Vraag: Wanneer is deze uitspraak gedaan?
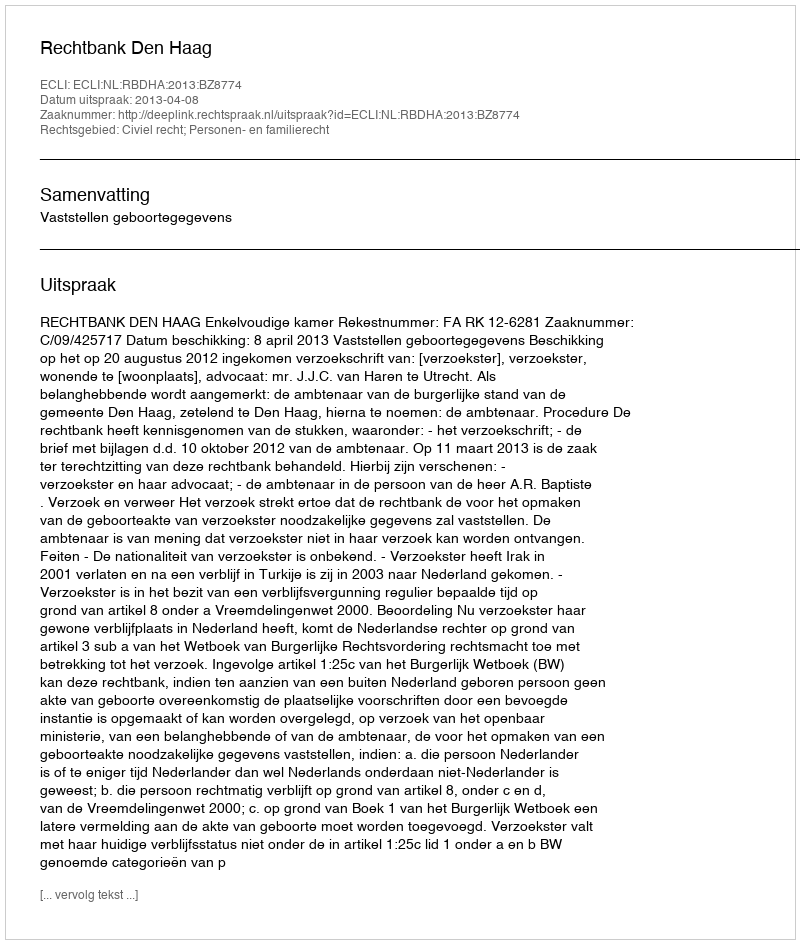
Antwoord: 2013-04-08